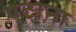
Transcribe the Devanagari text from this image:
एटाना